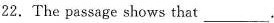
22.The passage shows that ___.